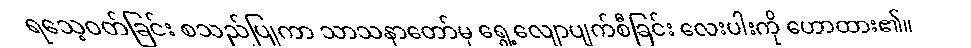
ရသေ့ဝတ်ခြင်း စသည်ပြုကာ သာသနာတော်မှ ရွေ့လျောပျက်စီခြင်း လေးပါးကို ဟောထား၏။